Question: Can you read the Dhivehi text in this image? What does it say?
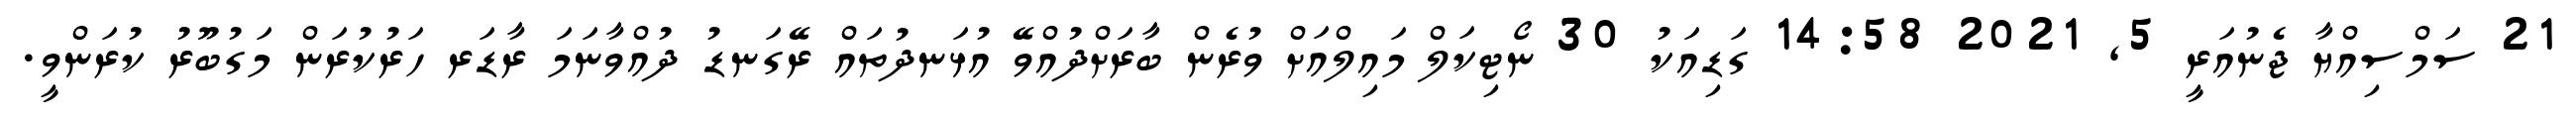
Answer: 21 ސަމްސިއްޔާ ޖެނުއަރީ 5, 2021 14:58 ގަޑިއަކު 30 ނޯޓިކަލް މައިލްއަށް ވުރެން ބާރަށްދުއްވޭ އުޅަނދުތައް ރޭގަނޑު ދުއްވާނަމަ ރާޑަރ ހަރުކުރަން މަގުބޫރު ކުރަންވީ.